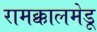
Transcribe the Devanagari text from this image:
रामक्कालमेडू